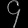
Digit: ၄